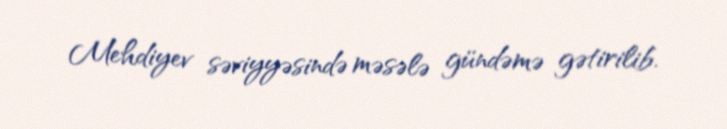
Mehdiyev səviyyəsində məsələ gündəmə gətirilib.